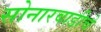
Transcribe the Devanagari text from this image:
सोनारवाडीचे